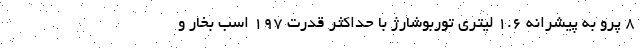
8 پرو به پیشرانه ۱.۶ لیتری توربوشارژ با حداکثر قدرت ۱۹۷ اسب بخار و